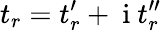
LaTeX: t_{r}=t_{r}^{\prime}+\mathrm{~i~}t_{r}^{\prime\prime}